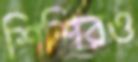
শিশিরও